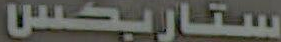
ستاربكس